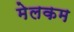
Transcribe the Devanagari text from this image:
मेलकम